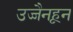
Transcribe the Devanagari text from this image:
उज्जैनहून